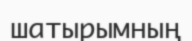
шатырымның